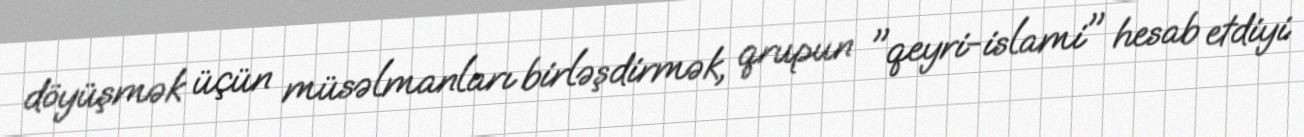
döyüşmək üçün müsəlmanları birləşdirmək, qrupun "qeyri-islami" hesab etdiyi